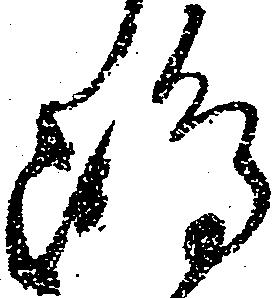
嶋